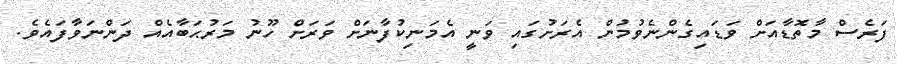
ފަރެސް މާތޮޑާއަށް ވަޑައިގެންނެވުމުން އެރަށުގައި ވަނީ އެމަނިކުފާނަށް ވަރަށް ހޫނު މަރުޙަބާއެއް ދަންނަވާފައެވެ.